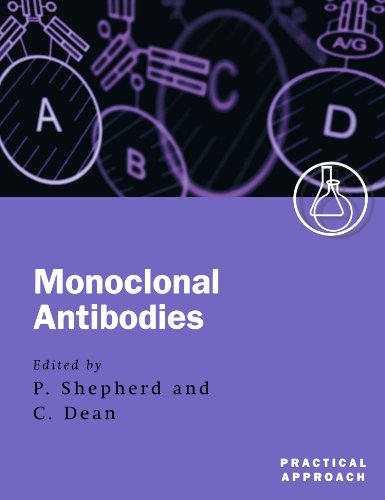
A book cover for Monoclonal Antibodies: A Practical Approach (Practical Approach Series); Christopher Dean; Medical Books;